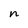
Character: n